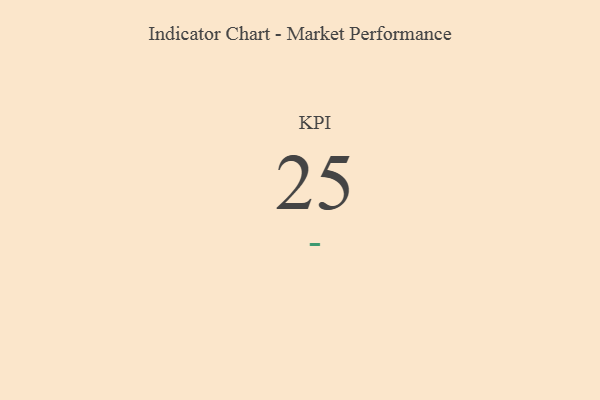
{"axis": {"x": "KPI", "y": "Value"}, "legend": [""], "data": [{"x": "KPI", "y": 25, "type": ""}]}